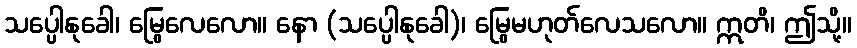
သပ္ပေါနုခေါ၊ မြွေလေလော။ နော (သပ္ပေါနုခေါ)၊ မြွေမဟုတ်လေသလော။ ဣတိ၊ ဤသို့။